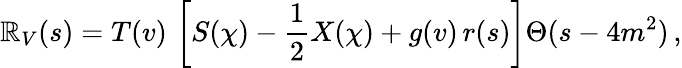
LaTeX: {\cal{\mathbb{R}}}_{V}(s)=T(v)\, \left[S(\chi)-\frac{{1}}{{2}}X(\chi)+g(v)\, r(s)\right]\Theta(s-4m^{2})\, ,